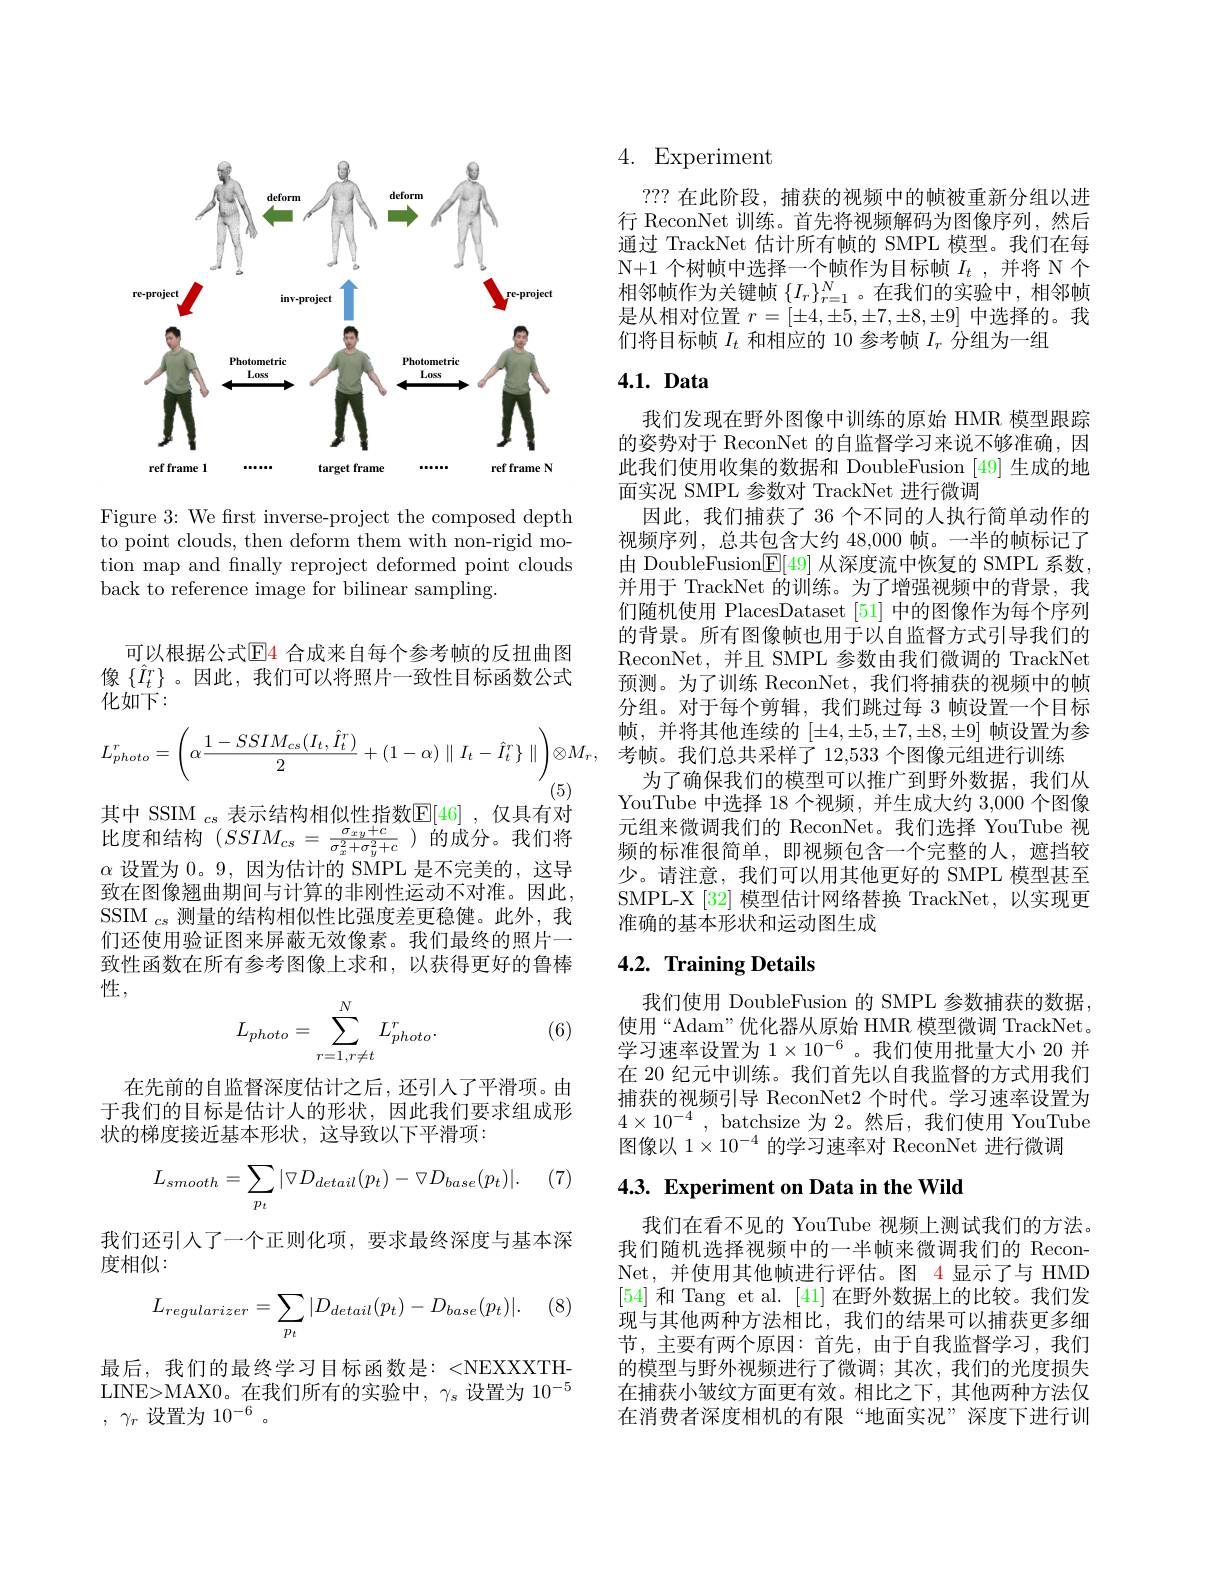
<FigureHere>

Figure 3: We frst inverse-project the composed depth to point clouds, then deform them with non-rigid motion map and finally reproject deformed point clouds back to reference image for bilinear sampling.

可以根据公式$\color{red}{\mathrm{E}}\color{red}{4}$ 合成来自每个参考帧的反扭曲图像$\{\hat{I}_t^r\}$。因此，我们可以将照片一致性目标函数公式化如下：
$$L_{photo}^{r}=\left(\alpha\frac{1-SSIM_{cs}(I_{t},\hat{I}_{t}^{r})}{2}+(1-\alpha)\parallel I_{t}-\hat{I}_{t}^{r}\}\parallel\right)\otimes M_{r},$$
(5)
$\begin{array}{l}\text{其中 SSIM }_{cs}\text{ 表示结构相似性指数}\underline{\mathrm{E}}[46]&,\text{仅具有对}\\\text{比度和结构 }(SSIM_{cs}=\frac{\sigma_{xy}+c}{\sigma_{x}^{2}+\sigma_{y}^{2}+c})&\text{的成分。我们将}\\\text{出而以}_{c}=\frac{1}{2}\\\end{array}$ $\alpha$设置为0。9,因为估计的 SMPL 是不完美的，这导致在图像翘曲期间与计算的非刚性运动不对准。因此， SSIM $_{cs}$测量的结构相似性比强度差更稳健。此外，我们还使用验证图来屏蔽无效像素。我们最终的照片一致性函数在所有参考图像上求和，以获得更好的鲁棒性，
$$L_{photo}=\sum_{r=1,r\neq t}^{N}L_{photo}^{r}.$$
(6)

在先前的自监督深度估计之后，还引人了平滑项。由于我们的目标是估计人的形状，因此我们要求组成形状的梯度接近基本形状，这导致以下平滑项：

$(V)$
$$\begin{aligned}L_{smooth}=\sum_{p_t}|\triangledown D_{detail}(p_t)-\triangledown D_{base}(p_t)|.\end{aligned}$$
我们还引人了一个正则化项，要求最终深度与基本深
度相似：

(8,1)
$$L_{regularizer}=\sum_{p_t}|D_{detail}(p_t)-D_{base}(p_t)|.$$
最后，我们的最终学习目标函数是：<NEXXXTHLINE>MAX0。在我们所有的实验中，$\gamma_s$设置为 10$^-5$ , $\gamma _r$设置为 10$^-6$。

# 4. Experiment

???在此阶段，捕获的视频中的帧被重新分组以进行 ReconNet 训练。首先将视频解码为图像序列，然后通过 TrackNet 估计所有帧的 SMPL 模型。我们在每N+ 1个树帧中选择一个帧作为目标帧$I_t$ ,并将 N 个相邻帧作为关键帧$\{I_r\}_{r=1}^N$。在我们的实验中，相邻帧是从相对位置$r=[\pm4,\pm5,\pm7,\pm8,\pm9]$中选择的。我们将目标帧$I_t$和相应的 10 参考帧$I_r$分组为一组

# $4. 1. \textbf{ Data}$

我们发现在野外图像中训练的原始 HMR 模型跟踪的姿势对于 ReconNet 的自监督学习来说不够准确，因此我们使用收集的数据和 DoubleFusion [49] 生成的地面实况 SMPL 参数对 TrackNet 进行微调
因此，我们捕获了 36 个不同的人执行简单动作的视频序列，总共包含大约 48,000 帧。一半的帧标记了由 DoubleFusion$\underline{\mathrm{E}}[49]$从深度流中恢复的 SMPL 系数， 并用于 TrackNet 的训练。为了增强视频中的背景，我们随机使用 PlacesDataset [51]中的图像作为每个序列的背景。所有图像帧也用于以自监督方式引导我们的ReconNet,并且 SMPL 参数由我们微调的 TrackNet 预测。为了训练 ReconNet,我们将捕获的视频中的帧分组。对于每个剪辑，我们跳过每 3 帧设置一个目标帧，并将其他连续的$[\pm4,\pm5,\pm7,\pm8,\pm9]$帧设置为参考帧。我们总共采样了 12,533 个图像元组进行训练
为了确保我们的模型可以推广到野外数据，我们从YouTube 中选择 18 个视频，并生成大约 3,000 个图像元组来微调我们的 ReconNet。我们选择 YouTube 视频的标准很简单，即视频包含一个完整的人，遮挡较少。请注意，我们可以用其他更好的 SMPL 模型甚至SMPL-X[32] 模型估计网络替换 TrackNet,以实现更准确的基本形状和运动图生成

## $4. 2. \textbf{ Training Details}$

我们使用 DoubleFusion 的 SMPL 参数捕获的数据使用“Adam”优化器从原始 HMR 模型微调 TrackNet。学习速率设置为$1\times10^{-6}$ 。我们使用批量大小 20 并在 20 纪元中训练。我们首先以自我监督的方式用我们捕获的视频引导 ReconNet2 个时代。学习速率设置为$4\times 10^{- 4}$ , batchsize 为 2。然后，我们使用 YouTube 图像以$1\times10^{-4}$的学习速率对 ReconNet 进行微调

# 4.3. Experiment on Data in the Wild

我们在看不见的 YouTube 视频上测试我们的方法。我们随机选择视频中的一半帧来微调我们的 ReconNet,并使用其他帧进行评估。图 4 显示了与 HMD [54]和 Tang et al. [41] 在野外数据上的比较。我们发现与其他两种方法相比，我们的结果可以捕获更多细节，主要有两个原因：首先，由于自我监督学习，我们的模型与野外视频进行了微调；其次，我们的光度损失在捕获小皱纹方面更有效。相比之下，其他两种方法仅在消费者深度相机的有限“地面实况”深度下进行训